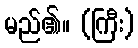
မည်၏။ (ကြီး)